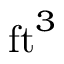
\mathrm { f t } ^ { 3 }